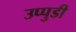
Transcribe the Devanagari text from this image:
उप्पुडी